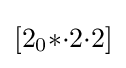
[2_{0}{*}{\cdot }2{\cdot }2]